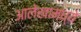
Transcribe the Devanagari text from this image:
आलेखामध्ये